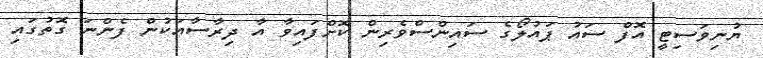
ޔުނިވަސިޓީ އޮފް ސައު ޕައުލޯގެ ސައިންސްވެރިން ކޮށްފައިވާ އާ ދިރާސާއަކުން ފެންނަ ގޮތުގައި